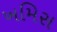
ખમિસ